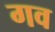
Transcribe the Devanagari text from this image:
गव